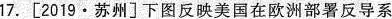
17. [2019·苏州]下图反映美国在欧洲部署反导系